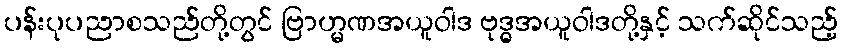
ပန်းပုပညာစသည်တို့တွင် ဗြာဟ္မဏအယူဝါဒ ဗုဒ္ဓအယူဝါဒတို့နှင့် သက်ဆိုင်သည့်